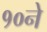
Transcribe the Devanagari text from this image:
१०ने